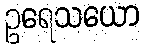
ဥရေသယော